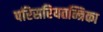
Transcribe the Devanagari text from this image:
परिसरियतन्त्रिका